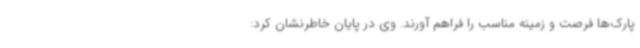
پارک‌ها فرصت و زمینه مناسب را فراهم آورند. وی در پایان خاطرنشان کرد: